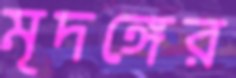
মৃদঙ্গের